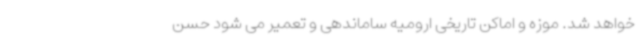
خواهد شد. موزه و اماکن تاریخی ارومیه ساماندهی و تعمیر می‌ شود حسن